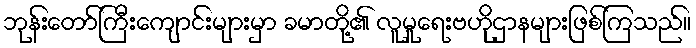
ဘုန်းတော်ကြီးကျောင်းများမှာ ခမာတို့၏ လူမှုရေးဗဟိုဌာနများဖြစ်ကြသည်။